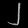
Digit: ၂